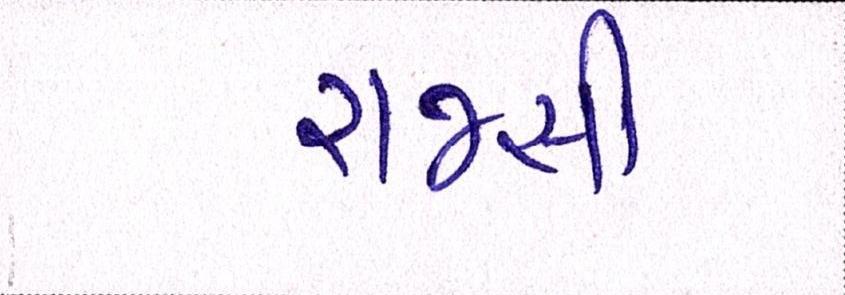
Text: રાજસી